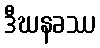
ဒီဃနခဿ